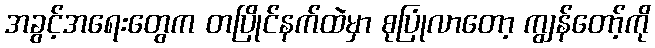
အခွင့်အရေးတွေက တပြိုင်နက်ထဲမှာ စုပြုံလာတော့ ကျွန်တော့်ကို